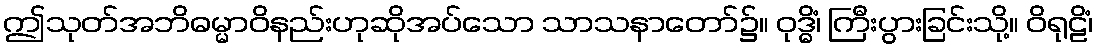
ဤသုတ်အဘိဓမ္မာဝိနည်းဟုဆိုအပ်သော သာသနာတော်၌။ ဝုဒ္ဓိံ၊ ကြီးပွားခြင်းသို့။ ဝိရုဠိံ၊